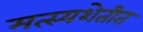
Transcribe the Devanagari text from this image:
मत्स्यशेतीत